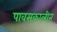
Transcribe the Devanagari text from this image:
पावसकालीन